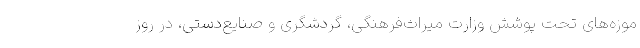
موزه‌های تحت پوشش وزارت میراث‌فرهنگی، گردشگری و صنایع‌دستی، در روز